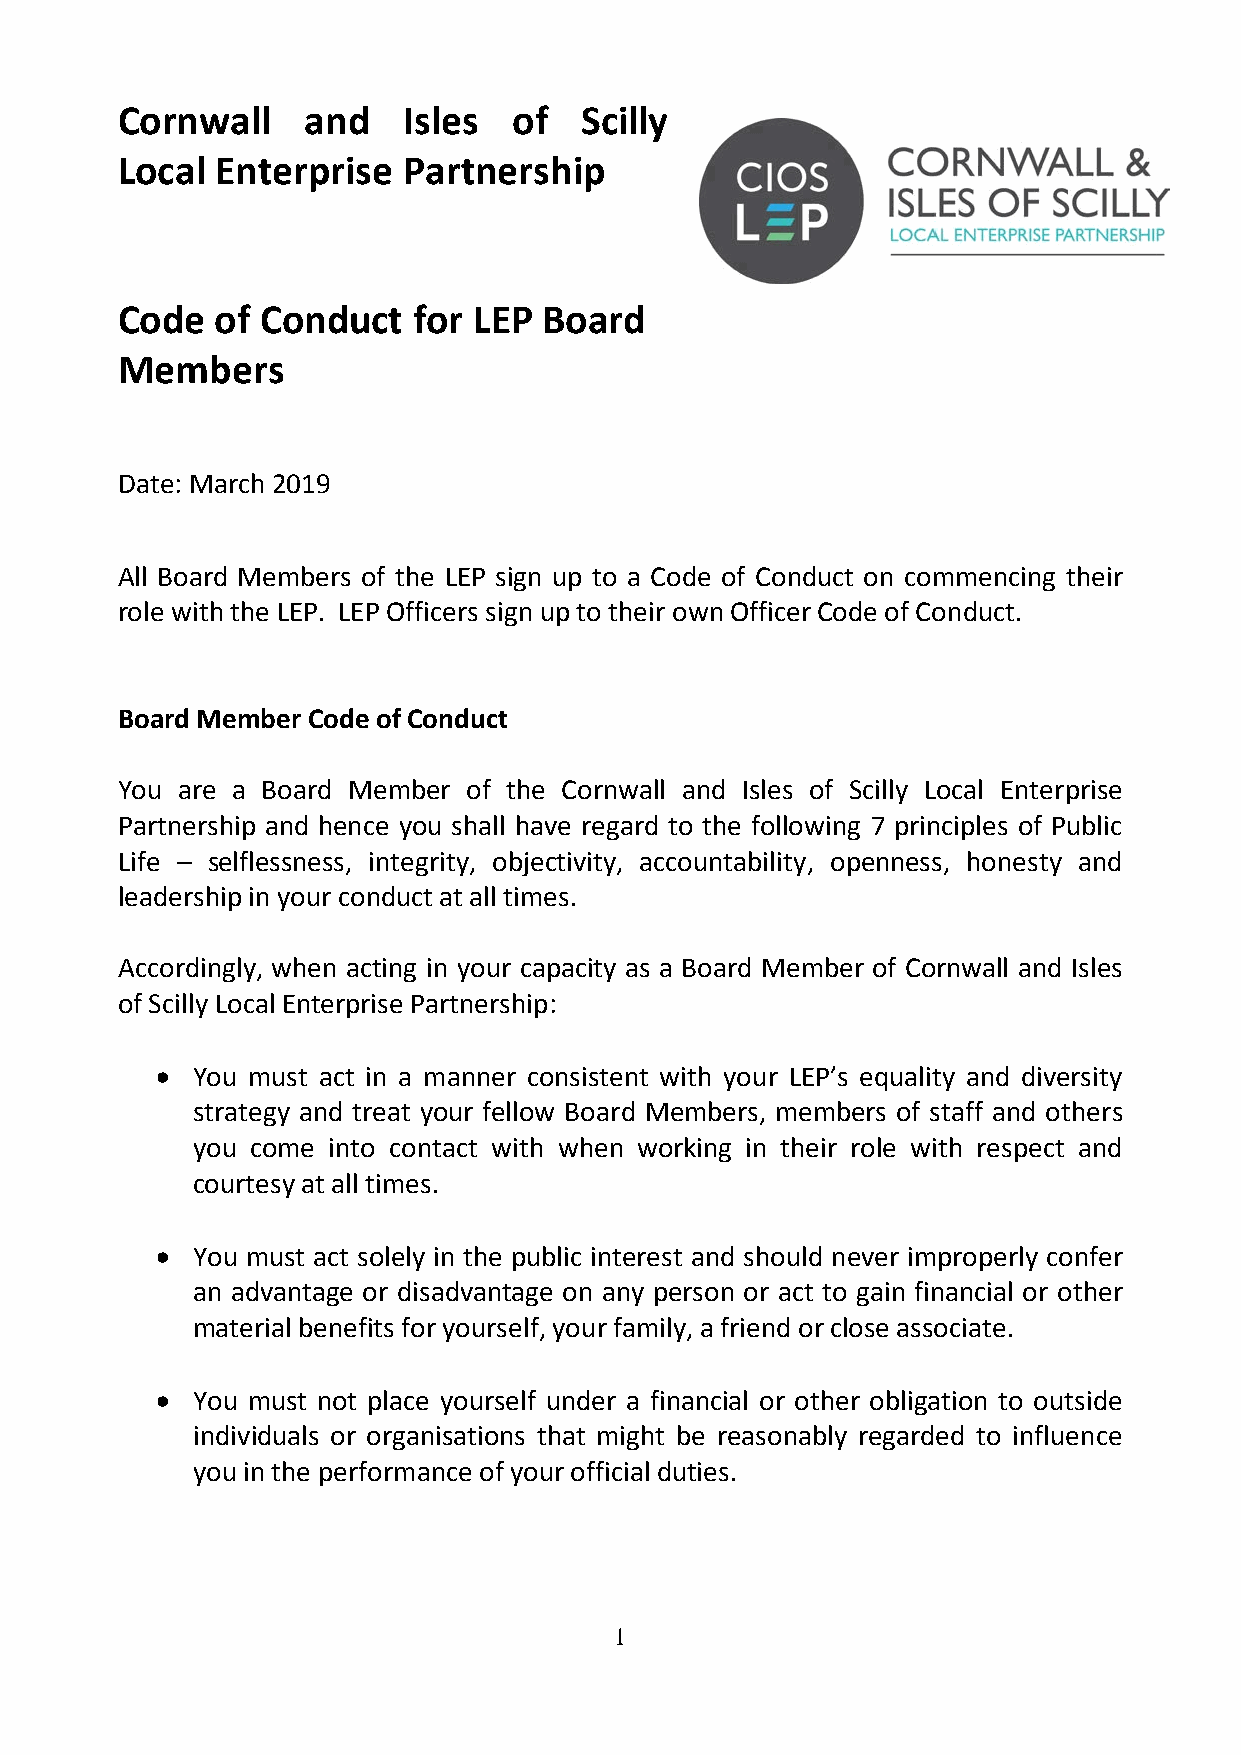
Cornwall    and    Isles  of  Scilly
 Local Enterprise   Partnership
 Code  of Conduct   for LEP  Board
 Members
 Date: March 2019
 All Board Members of the LEP sign up to a Code of Conduct on commencing their
 role with the LEP. LEP Officers sign up to their own Officer Code of Conduct.
 Board Member Code of Conduct
 You are a Board Member of the Cornwall and Isles of Scilly Local Enterprise
 Partnership and hence you shall have regard to the following 7 principles of Public
 Life – selflessness, integrity, objectivity, accountability, openness, honesty and
 leadership in your conduct at all times.
 Accordingly, when acting in your capacity as a Board Member of Cornwall and Isles
 of Scilly Local Enterprise Partnership:
 •  You must act in a manner consistent with your LEP’s equality and diversity
 strategy and treat your fellow Board Members, members of staff and others
 you come into contact with when working in their role with respect and
 courtesy at all times.
 •  You must act solely in the public interest and should never improperly confer
 an advantage or disadvantage on any person or act to gain financial or other
 material benefits for yourself, your family, a friend or close associate.
 •  You must not place yourself under a financial or other obligation to outside
 individuals or organisations that might be reasonably regarded to influence
 you in the performance of your official duties.
 1